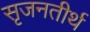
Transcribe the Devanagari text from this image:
सृजनतीर्थ